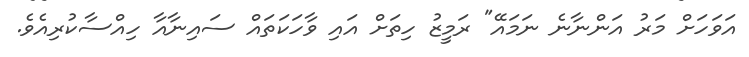
އަވަހަށް މަރު އަންނާނެ ނަމައޭ" ރަމީޒު ހިތަށް އައި ވާހަކަތައް ސައިނާއާ ހިއްސާކުރިއެވެ.